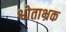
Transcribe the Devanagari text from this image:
श्वोताभ्रक